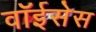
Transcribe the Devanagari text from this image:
वॉईसेस